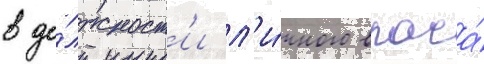
в до́лжност'и л'и́чного врача́